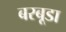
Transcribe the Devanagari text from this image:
बरबूडा